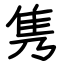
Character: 隽